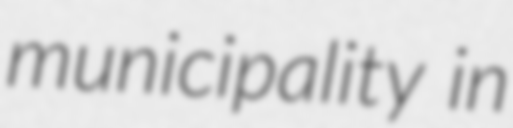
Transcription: municipality in